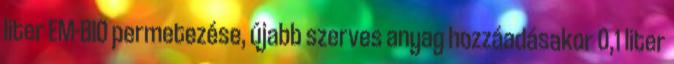
liter EM-BIO permetezése, újabb szerves anyag hozzáadásakor 0,1 liter